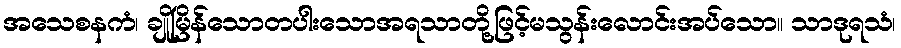
အသေစနကံ၊ ချိုမြိန်သောတပါးသောအရသာတို့ဖြင့်မသွန်းလောင်းအပ်သော။ သာဒုရသံ၊